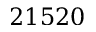
2 1 5 2 0